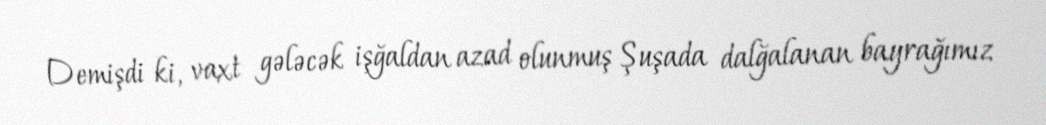
Demişdi ki, vaxt gələcək işğaldan azad olunmuş Şuşada dalğalanan bayrağımız